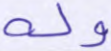
وله